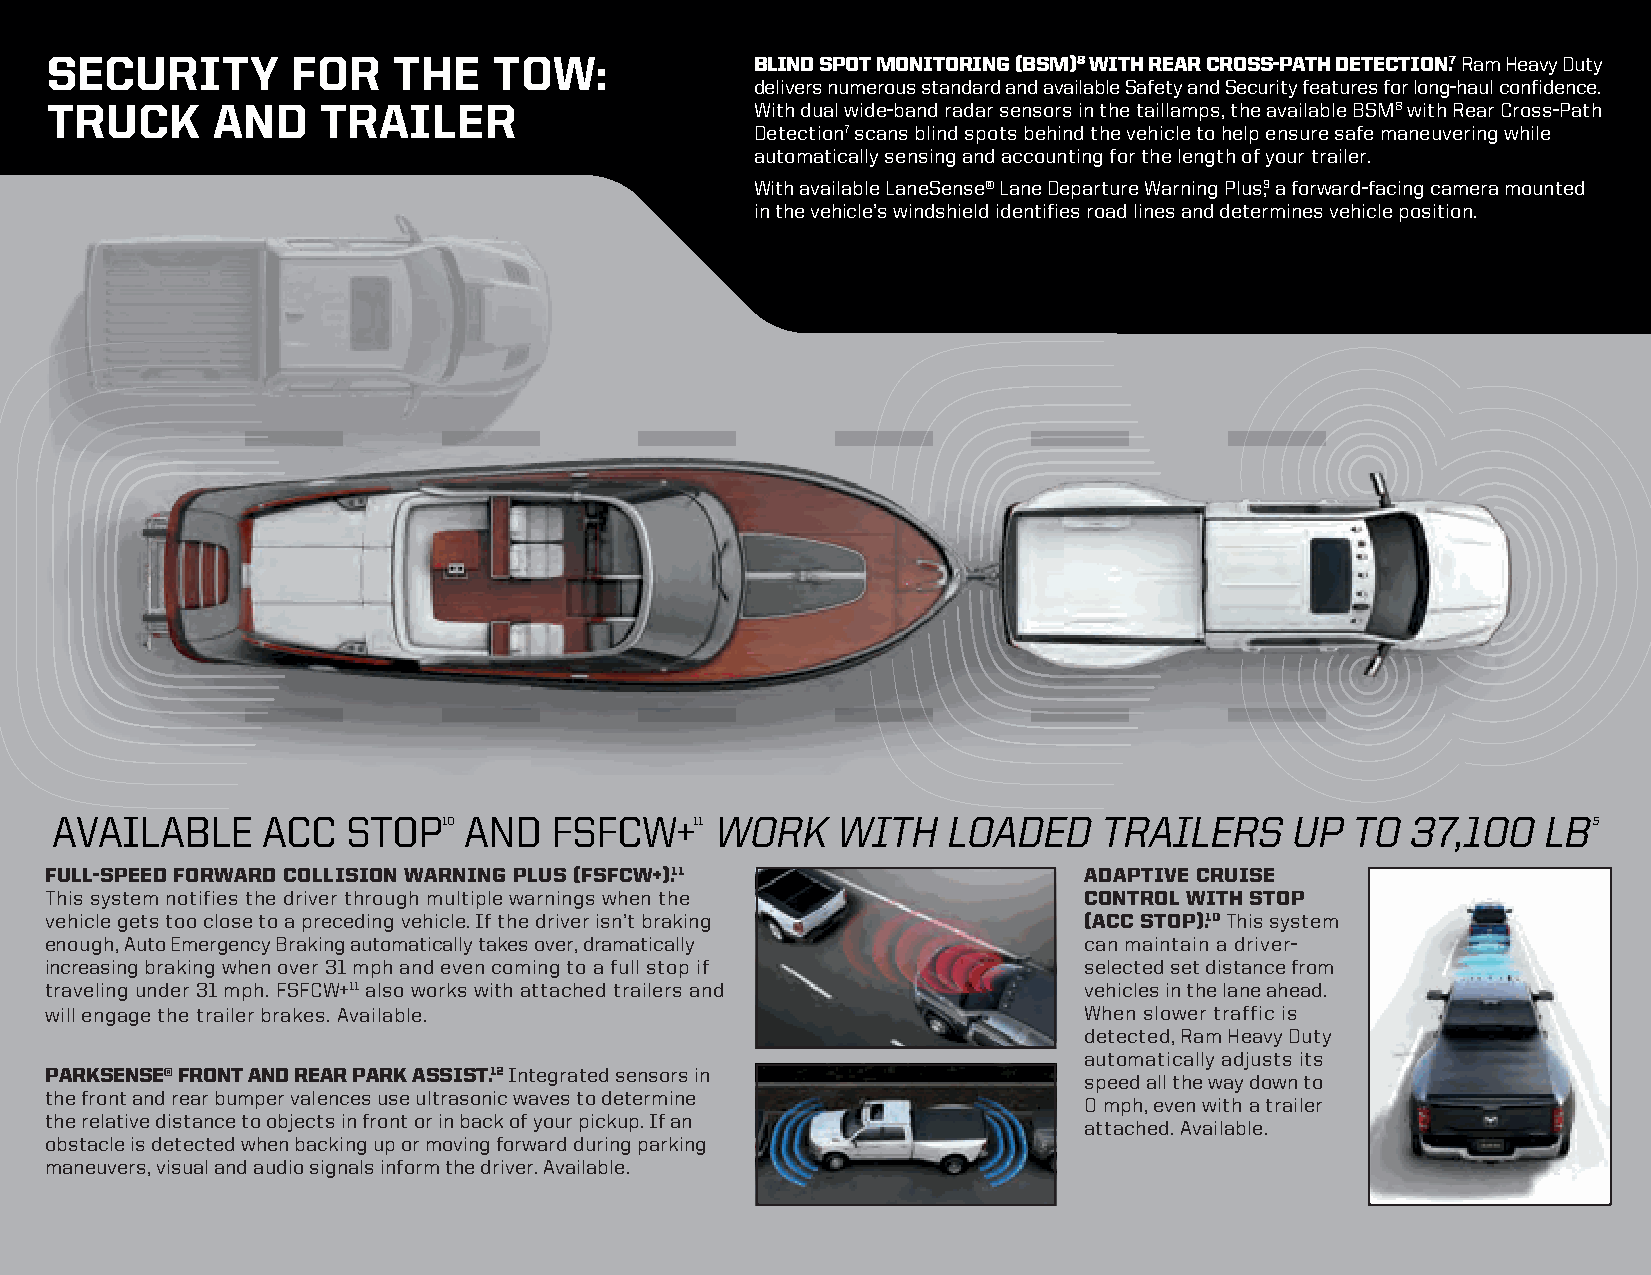
SECURITY        FOR    THE    TOW:             BLIND SPOT MONITORING (BSM)8 WITH REAR CROSS-PATH DETECTION.7 Ram Heavy Duty
 delivers numerous standard and available Safety and Security features for long-haul confidence.
 TRUCK      AND    TRAILER                      With dual wide-band radar sensors in the taillamps, the available BSM8 with Rear Cross-Path
 Detection7 scans blind spots behind the vehicle to help ensure safe maneuvering while
 automatically sensing and accounting for the length of your trailer.
 With available LaneSense® Lane Departure Warning Plus9, a forward-facing camera mounted
 in the vehicle’s windshield identifies road lines and determines vehicle position.
 AVAILABLE     ACC   STOP10  AND  FSFCW+11   WORK    WITH   LOADED     TRAILERS    UP  TO  37,100   LB5
 FULL-SPEED FORWARD COLLISION WARNING PLUS (FSFCW+).11                ADAPTIVE CRUISE
 This system notifies the driver through multiple warnings when the   CONTROL WITH STOP
 vehicle gets too close to a preceding vehicle. If the driver isn’t braking (ACC STOP).10 This system
 enough, Auto Emergency Braking automatically takes over, dramatically can maintain a driver-
 increasing braking when over 31 mph and even coming to a full stop if selected set distance from
 traveling under 31 mph. FSFCW+11 also works with attached trailers and vehicles in the lane ahead.
 will engage the trailer brakes. Available.                           When slower traffic is
 detected, Ram Heavy Duty
 automatically adjusts its
 PARKSENSE® FRONT AND REAR PARK ASSIST.12 Integrated sensors in
 speed all the way down to
 the front and rear bumper valences use ultrasonic waves to determine
 0 mph, even with a trailer
 the relative distance to objects in front or in back of your pickup. If an
 attached. Available.
 obstacle is detected when backing up or moving forward during parking
 maneuvers, visual and audio signals inform the driver. Available.